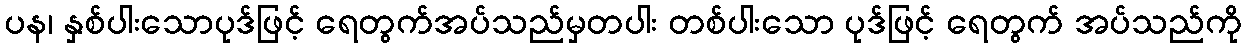
ပန၊ နှစ်ပါးသောပုဒ်ဖြင့် ရေတွက်အပ်သည်မှတပါး တစ်ပါးသော ပုဒ်ဖြင့် ရေတွက် အပ်သည်ကို